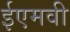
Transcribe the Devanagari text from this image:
ईएमवी